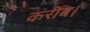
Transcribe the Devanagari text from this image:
करीब।